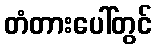
တံတားပေါ်တွင်